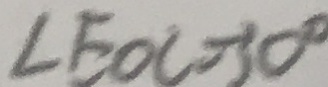
\angle E O C = 3 0 ^ { \circ }